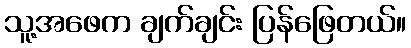
သူ့အဖေက ချက်ချင်း ပြန်ဖြေတယ်။